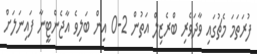
ފުރަތަމަ މެޗުގައި ވާދަވެރި ބްރެޒިލް އަތުން 2-0 އިން ބަލިވެ އާޖެންޓީނާ ފައިނަލަށް